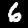
Digit: 6